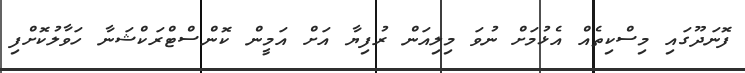
ފޮނަދޫގައި މިސްކިތެއް އެޅުމަށް ނުވަ މިލިއަން ރުފިޔާ އަށް އަމީން ކޮންސްޓްރަކްޝަނާ ހަވާލުކޮށްފި